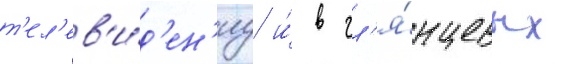
т'ел'ев'и́д'ен'иу и́ в гл'я́нцевых